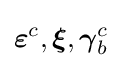
{\boldsymbol {\varepsilon }}^{c},{\boldsymbol {\xi }},{\boldsymbol {\gamma }}_{b}^{c}